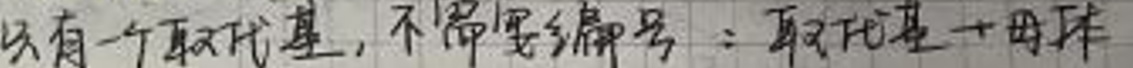
只有一个取代基，不需要编号：取代基 + 母体